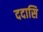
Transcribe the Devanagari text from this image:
ददासि